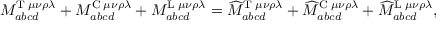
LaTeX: M _ { a b c d } ^ { \mathrm { T } \; \mu \nu \rho \lambda } + M _ { a b c d } ^ { \mathrm { C } \; \mu \nu \rho \lambda } + M _ { a b c d } ^ { \mathrm { L } \; \mu \nu \rho \lambda } = \widehat { M } _ { a b c d } ^ { \mathrm { T } \; \mu \nu \rho \lambda } + \widehat { M } _ { a b c d } ^ { \mathrm { C } \; \mu \nu \rho \lambda } + \widehat { M } _ { a b c d } ^ { \mathrm { L } \; \mu \nu \rho \lambda } ,